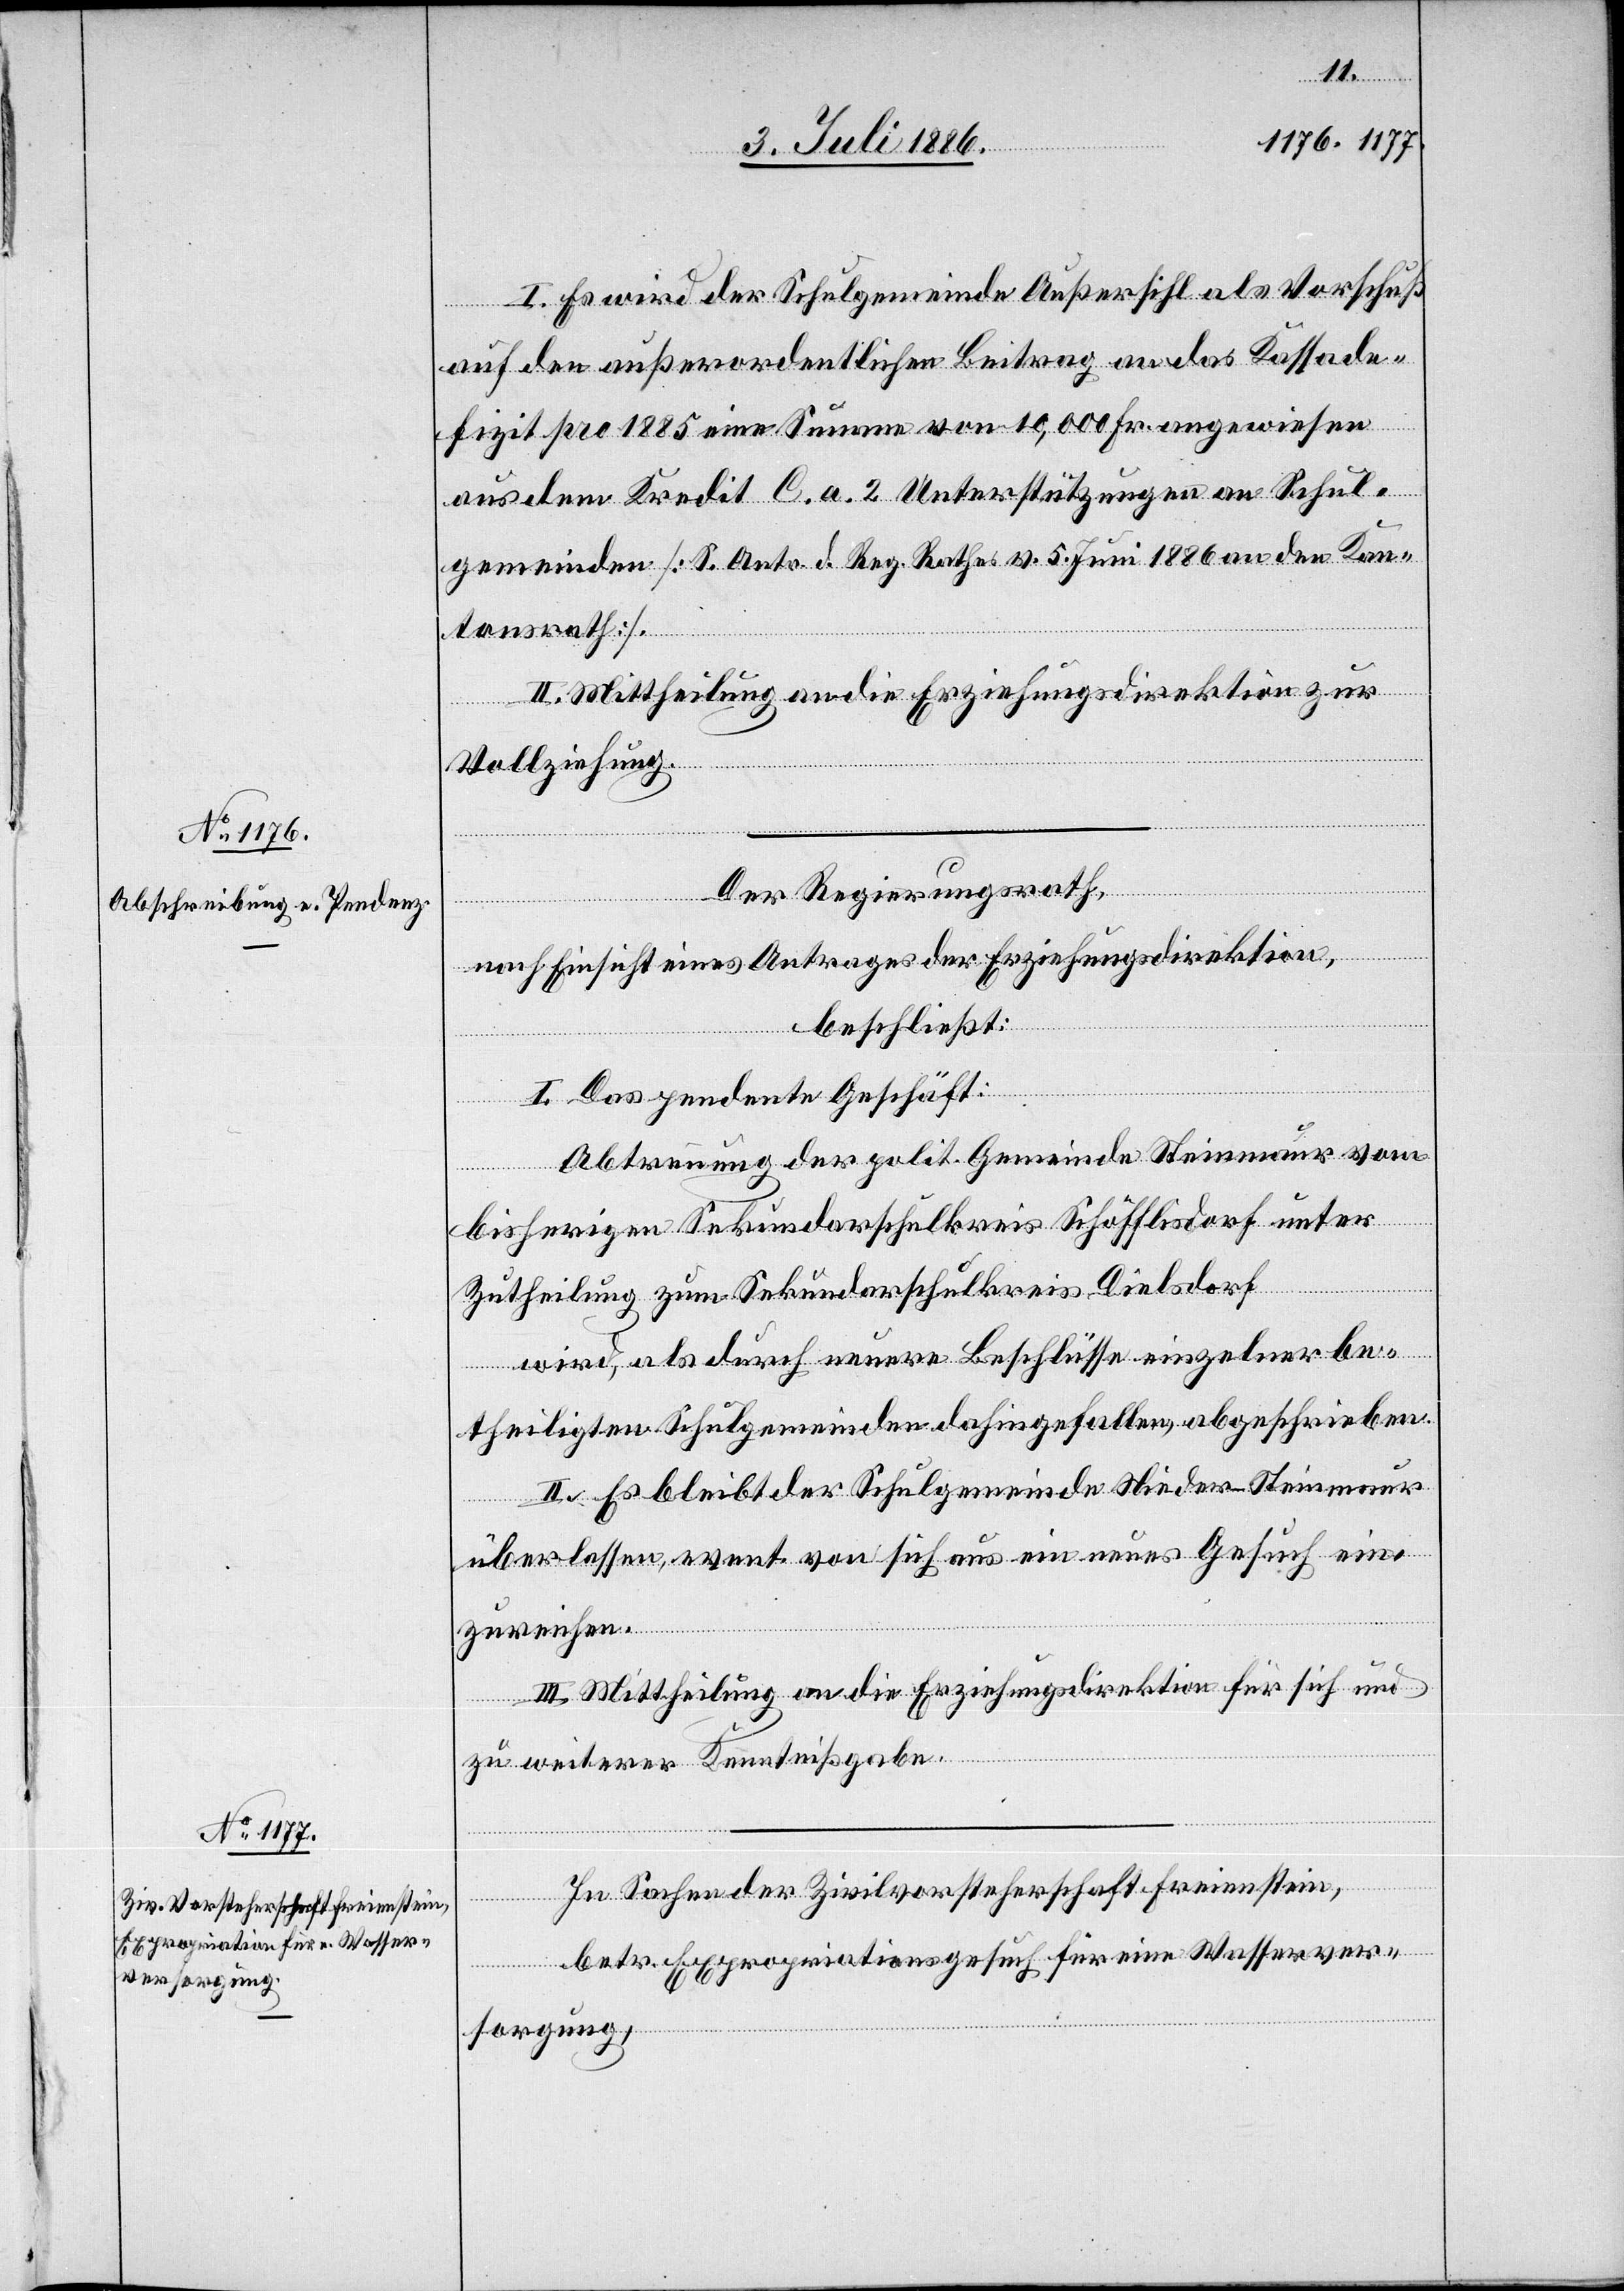
ten
I. Es wird der Schulgemeinde Außersihl als Vorschuß
auf den außerordentlichen Beitrag an das Kassade¬
[recte:
fizit pro 1885 eine Summe von 10,000 Fr. angewiesen
aus dem Kredit C. a. 2 Unterstützungen an Schul¬
gemeinden [S. Antr. d. Reg. Rathes v. 5. Juni 1886 an den Kan¬
tonsrath].
II. Mittheilung an die Erziehungsdirektion zur
Vollziehung.
Der Regierungsrath,
nach Einsicht eines Antrages der Erziehungsdirektion,
beschließt:
be¬
I. Das pendente Geschäft:
Abtrennung der polit. Gemeinde Steinmaur vom
bisherigen Sekundarschulkreis Schöfflisdorf unter
Zutheilung zum Sekundarschulkreis Dielsdorf
wird, als durch neuere Beschlüsse einzelner be¬
theiligter] Schulgemeinden dahingefallen, abgeschrieben.
II. Es bleibt der Schulgemeinde Nieder-Steinmaur
überlassen, event. von sich aus ein neues Gesuch ein¬
zureichen.
III. Mittheilung an die Erziehungsdirektion für sich und
zu weiterer Kenntnißgabe.
In Sachen der Zivilvorsteherschaft Freienstein,
betr. Expropriationsgesuch für eine Wasserver¬
sorgung,